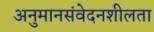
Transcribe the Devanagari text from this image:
अनुमानसंवेदनशीलता